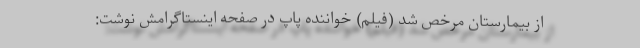
از بیمارستان مرخص شد (فیلم) خواننده پاپ در صفحه اینستاگرامش نوشت: